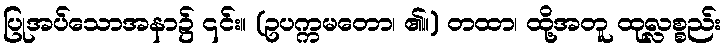
ပြုအပ်သောအနာ၌ ၎င်း။ (ဥပက္ကမတော၊ ၏။) တထာ၊ ထို့အတူ ထုလ္လစ္စည်း